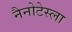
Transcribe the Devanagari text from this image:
नैनोटेस्ला